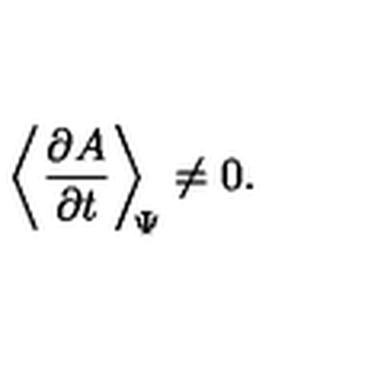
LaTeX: \left\langle \frac { \partial A } { \partial t } \right\rangle _ { \scriptstyle \! \! \Psi } \neq 0 .